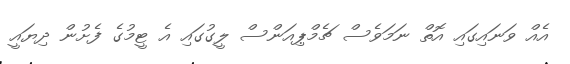
އެއް ވަނައިގައި އޮތް ނަމަވެސް ޗެމްޕިއަންސް ލީގުގައި އެ ޓީމުގެ ފެށުން ދިޔައީ